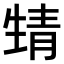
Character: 𩇛